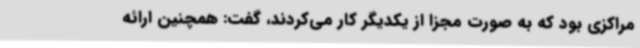
مراکزی بود که به صورت مجزا از یکدیگر کار می‌کردند، گفت: همچنین ارائه‌